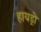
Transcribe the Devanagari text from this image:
हायड्रो